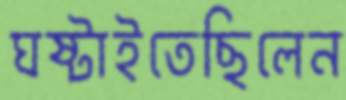
ঘষ্‌টাইতেছিলেন